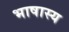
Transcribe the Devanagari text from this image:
भाषास्य